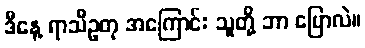
ဒီနေ့ ရာသီဥတု အကြောင်း သူတို့ ဘာ ပြောလဲ။